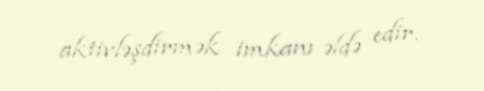
aktivləşdirmək imkanı əldə edir.